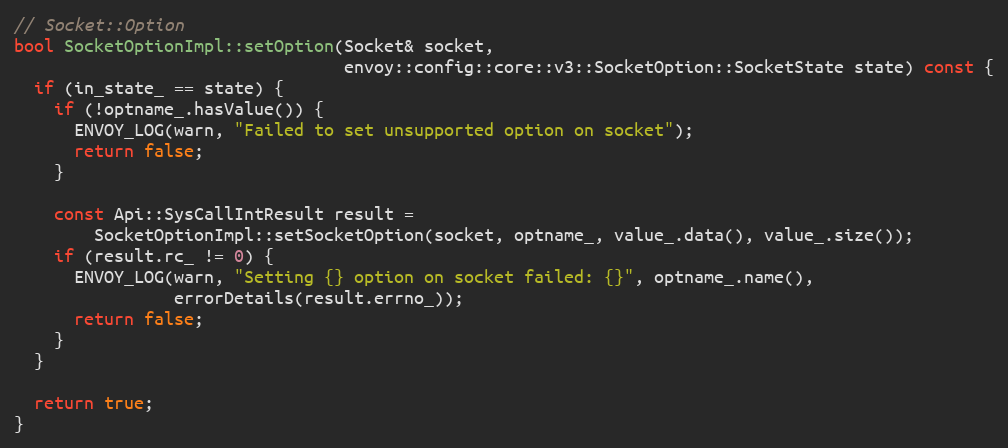
Language: C++
// Socket::Option
bool SocketOptionImpl::setOption(Socket& socket,
                                 envoy::config::core::v3::SocketOption::SocketState state) const {
  if (in_state_ == state) {
    if (!optname_.hasValue()) {
      ENVOY_LOG(warn, "Failed to set unsupported option on socket");
      return false;
    }

    const Api::SysCallIntResult result =
        SocketOptionImpl::setSocketOption(socket, optname_, value_.data(), value_.size());
    if (result.rc_ != 0) {
      ENVOY_LOG(warn, "Setting {} option on socket failed: {}", optname_.name(),
                errorDetails(result.errno_));
      return false;
    }
  }

  return true;
}